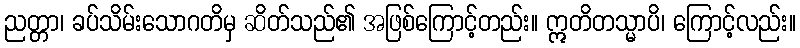
ညတ္တာ၊ ခပ်သိမ်းသောဂတိမှ ဆိတ်သည်၏ အဖြစ်ကြောင့်တည်း။ ဣတိတသ္မာပိ၊ ကြောင့်လည်း။